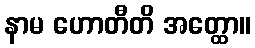
နာမ ဟောတီတိ အတ္ထော။